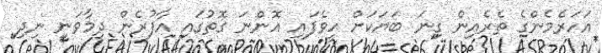
އަހަރެމެންގެ ތެރެއިން ގިނަ ބަޔަކަށް ހީވެފައި އޮންނަ ގޮތުގައި އާފުރެން ދިމާވަނީ ނިދި